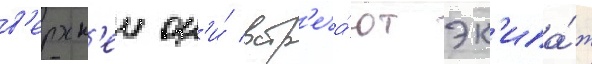
в'ерхн'еи он'и́ встр'еча́ют эк'ипа́ж